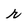
Character: r